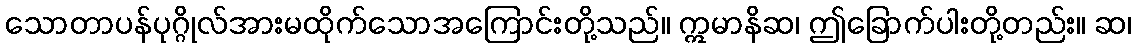
သောတာပန်ပုဂ္ဂိုလ်အားမထိုက်သောအကြောင်းတို့သည်။ ဣမာနိဆ၊ ဤခြောက်ပါးတို့တည်း။ ဆ၊